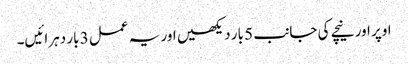
اوپر اور نیچے کی جانب 5 بار دیکھیں اور یہ عمل 3 بار دہرائیں۔